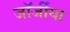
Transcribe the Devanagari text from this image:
जॉर्जीया